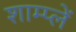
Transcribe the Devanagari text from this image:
शाम्प्लें